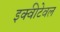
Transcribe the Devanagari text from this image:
इक्वीटेवल